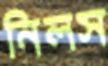
নিলস